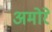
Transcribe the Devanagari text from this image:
अमोरे